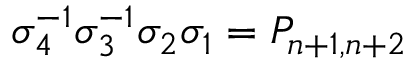
\sigma _ { 4 } ^ { - 1 } \sigma _ { 3 } ^ { - 1 } \sigma _ { 2 } \sigma _ { 1 } = P _ { n + 1 , n + 2 }